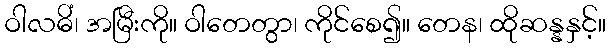
ဝါလဓိံ၊ အမြီးကို။ ဝါတေတွာ၊ ကိုင်စေ၍။ တေန၊ ထိုဆန္နနှင့်။